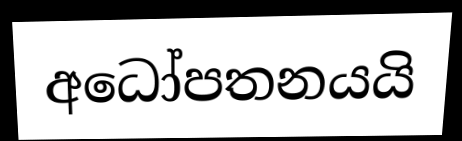
අධෝපතනයයි